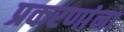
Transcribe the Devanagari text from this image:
प्रकरणांना